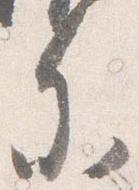
参